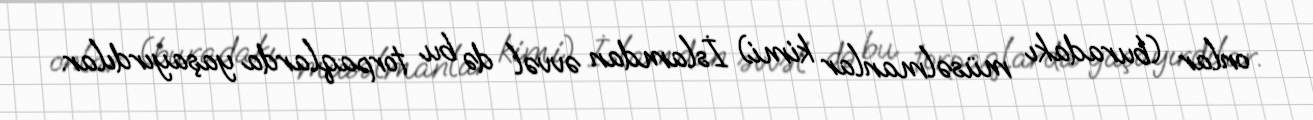
onlar (buradakı müsəlmanlar kimi) İslamdan əvvəl də bu torpaqlarda yaşayırdılar.